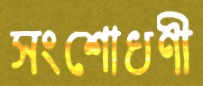
সংশোধণী